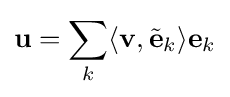
\mathbf {u} =\sum _{k}\langle \mathbf {v} ,{\tilde {\mathbf {e} }}_{k}\rangle \mathbf {e} _{k}